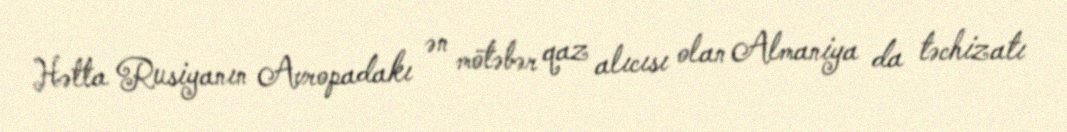
Hətta Rusiyanın Avropadakı ən mötəbər qaz alıcısı olan Almaniya da təchizatı